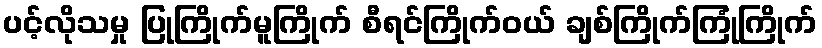
ပင့်လိုသမှု ပြုကြိုက်မူကြိုက် စီရင်ကြိုက်ဝယ် ချစ်ကြိုက်ကြုံကြိုက်